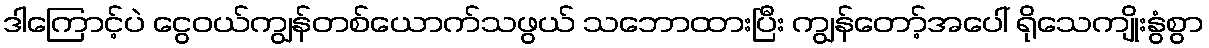
ဒါကြောင့်ပဲ ငွေဝယ်ကျွန်တစ်ယောက်သဖွယ် သဘောထားပြီး ကျွန်တော့်အပေါ် ရိုသေကျိုးနွံစွာ